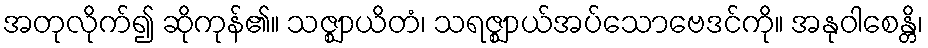
အတုလိုက်၍ ဆိုကုန်၏။ သဇ္ဈာယိတံ၊ သရဇ္ဈာယ်အပ်သောဗေဒင်ကို။ အနုဝါစေန္တိ၊